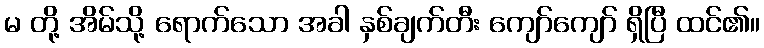
မ တို့ အိမ်သို့ ရောက်သော အခါ နှစ်ချက်တီး ကျော်ကျော် ရှိပြီ ထင်၏။